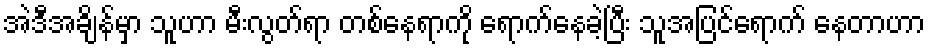
အဲဒီအချိန်မှာ သူဟာ မီးလွတ်ရာ တစ်နေရာကို ရောက်နေခဲ့ပြီး သူအပြင်ရောက် နေတာဟာ